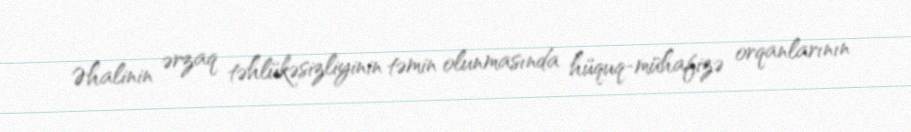
Əhalinin ərzaq təhlükəsizliyinin təmin olunmasında hüquq-mühafizə orqanlarının